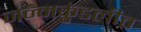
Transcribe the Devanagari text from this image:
जन्मकुंडलीत